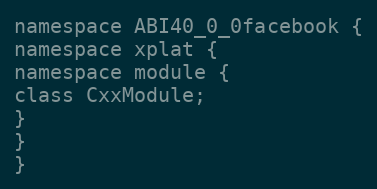
Language: C
namespace ABI40_0_0facebook {
namespace xplat {
namespace module {
class CxxModule;
}
}
}